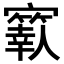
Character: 𡫬